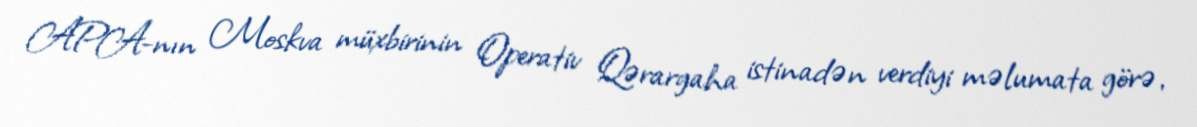
APA-nın Moskva müxbirinin Operativ Qərargaha istinadən verdiyi məlumata görə,